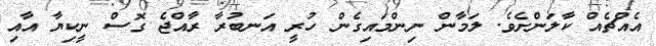
އެއްޗެއް ކާލަންށެވެ. ލަމާން ނިންމައިގެން ހުރީ އަނބުރާ ރާއްޖެ ގޮސް ނީކިޔާ އާއި